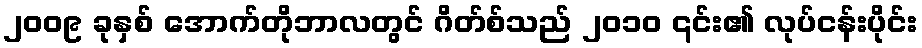
၂၀၀၉ ခုနှစ် အောက်တိုဘာလတွင် ဂိတ်စ်သည် ၂၀၁၀ ၎င်း၏ လုပ်ငန်းပိုင်း